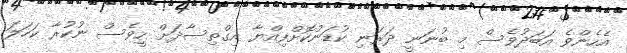
އެހެންވެ އަބަދުވެސް މި ބުނަނީ ދަރަނި ކުޑަނުކޮށްފިއްޔާ އިގްތިސާދަށް ހީވެސް ނުކުރާ ކަހަލަ